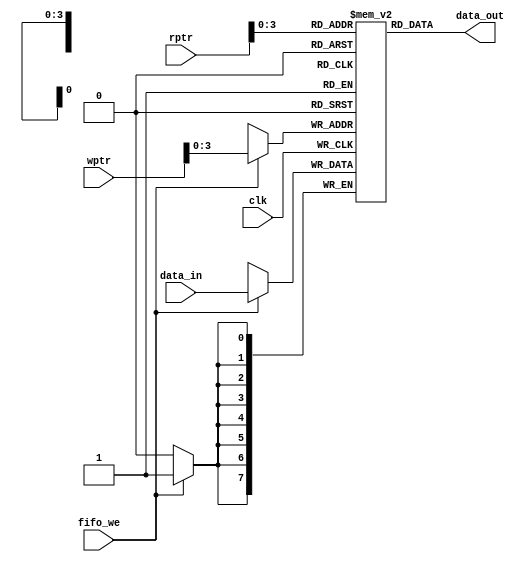
// Verilog code for Memory Array submodule 
`timescale 1 ns/100 ps
 module memory_array(data_out, data_in, clk,fifo_we, wptr,rptr);  
  input[7:0] data_in;  
  input clk,fifo_we;  
  input[4:0] wptr,rptr;  
  output[7:0] data_out;  
  reg[7:0] data_out2[15:0];  
  wire[7:0] data_out;  
  always @(posedge clk)  
  begin  
   if(fifo_we)   
      data_out2[wptr[3:0]] <=data_in ;  
  end  
  assign data_out = data_out2[rptr[3:0]];  
 endmodule